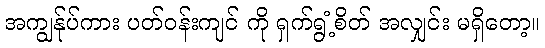
အကျွန်ုပ်ကား ပတ်ဝန်းကျင် ကို ရှက်ရွံ့စိတ် အလျှင်း မရှိတော့။